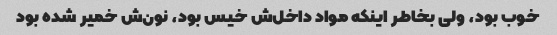
خوب بود، ولی بخاطر اینکه مواد داخل‌ش خیس بود، نون‌ش خمیر شده بود